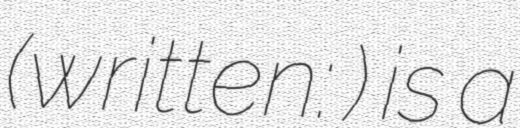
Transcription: (written: 松前) is a